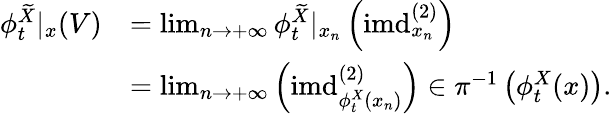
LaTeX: \begin{array}{rl}{\phi_{t}^{\widetilde X}|_{x}(V)}&{=\operatorname*{lim}_{n\rightarrow+\infty}\phi_{t}^{\widetilde X}|_{x_{n}}\left(\mathrm{imd}_{x_{n}}^{(2)}\right)}\\ &{=\operatorname*{lim}_{n\rightarrow+\infty}\left(\mathrm{imd}_{\phi_{t}^{X}(x_{n})}^{(2)}\right)\in\pi^{-1}\left(\phi_{t}^{X}(x)\right).}\end{array}